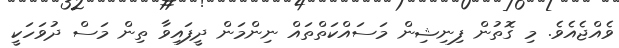
ވެއްޖެއެވެ. މި ގޮތުން ފިނިޝިން މަސައްކަތްތައް ނިންމަން ދީފައިވާ ތިން މަސް ދުވަހަކީ